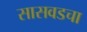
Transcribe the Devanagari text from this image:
सासवडचा